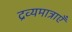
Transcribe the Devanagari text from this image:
द्रव्यमात्राएँ